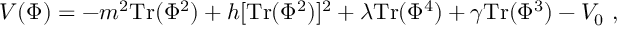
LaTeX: V ( \Phi ) = - m ^ { 2 } \mathrm { T r } ( \Phi ^ { 2 } ) + h [ \mathrm { T r } ( \Phi ^ { 2 } ) ] ^ { 2 } + \lambda \mathrm { T r } ( \Phi ^ { 4 } ) + \gamma \mathrm { T r } ( \Phi ^ { 3 } ) - V _ { 0 } \ ,